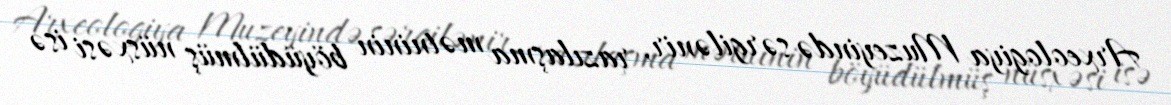
Arxeologiya Muzeyində sərgilənir, razılaşma mətninin böyüdülmüş nüsxəsi isə